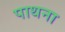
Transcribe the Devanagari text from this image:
पाथना